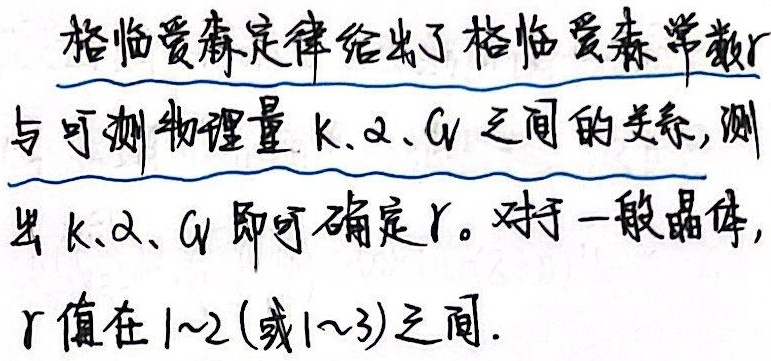
(二战前)
地区方向与部门结构如下：
\[
\begin{cases}
\text{地区方向：发达} \to \text{落后}；\text{西方工业国} \to \text{第三世界国家}\\
\text{部门结构：制造业企业的初级产业投资}
\end{cases}
\]